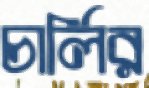
চার্লির